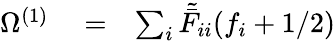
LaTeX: \begin{array}{rlr}{\Omega^{(1)}}&{{}=}&{\sum_{i}\tilde{\bar{F}}_{ii}{(f_{i}+1/2)}}\end{array}